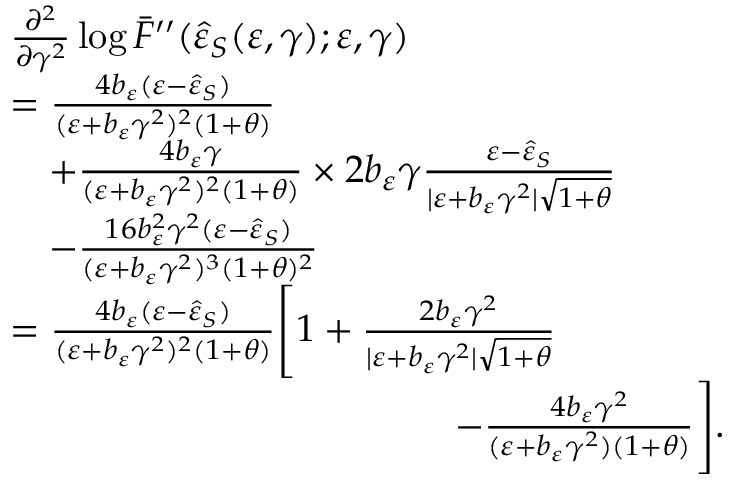
\begin{array} { r l } & { \frac { \partial ^ { 2 } } { \partial \gamma ^ { 2 } } \log { \bar { F } ^ { \prime \prime } ( \hat { \varepsilon } _ { S } ( \varepsilon , \gamma ) ; \varepsilon , \gamma ) } } \\ & { = \frac { 4 b _ { \varepsilon } ( \varepsilon - \hat { \varepsilon } _ { S } ) } { ( \varepsilon + b _ { \varepsilon } \gamma ^ { 2 } ) ^ { 2 } ( 1 + \theta ) } } \\ & { \quad + \frac { 4 b _ { \varepsilon } \gamma } { ( \varepsilon + b _ { \varepsilon } \gamma ^ { 2 } ) ^ { 2 } ( 1 + \theta ) } \times 2 b _ { \varepsilon } \gamma \frac { \varepsilon - \hat { \varepsilon } _ { S } } { \vert \varepsilon + b _ { \varepsilon } \gamma ^ { 2 } \vert \sqrt { 1 + \theta } } } \\ & { \quad - \frac { 1 6 b _ { \varepsilon } ^ { 2 } \gamma ^ { 2 } ( \varepsilon - \hat { \varepsilon } _ { S } ) } { ( \varepsilon + b _ { \varepsilon } \gamma ^ { 2 } ) ^ { 3 } ( 1 + \theta ) ^ { 2 } } } \\ & { = \frac { 4 b _ { \varepsilon } ( \varepsilon - \hat { \varepsilon } _ { S } ) } { ( \varepsilon + b _ { \varepsilon } \gamma ^ { 2 } ) ^ { 2 } ( 1 + \theta ) } \Bigg [ 1 + \frac { 2 b _ { \varepsilon } \gamma ^ { 2 } } { \vert \varepsilon + b _ { \varepsilon } \gamma ^ { 2 } \vert \sqrt { 1 + \theta } } } \\ & { \qquad \qquad \qquad \qquad \qquad \quad \; \; - \frac { 4 b _ { \varepsilon } \gamma ^ { 2 } } { ( \varepsilon + b _ { \varepsilon } \gamma ^ { 2 } ) ( 1 + \theta ) } \Bigg ] . } \end{array}